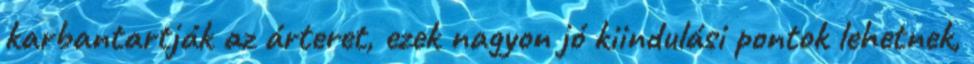
karbantartják az árteret, ezek nagyon jó kiindulási pontok lehetnek,